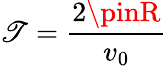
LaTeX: \mathscr{T}=\frac{{2\pinR}}{{v_{0}}}